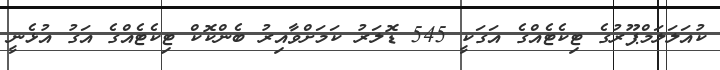
ކުއަލަލަމްޕޫރުގެ ޓިކެޓެއްގެ އަގަކީ 545 ޑޮލަރު ކަމަށްވާއިރު ބެންކޮކް ޓިކެޓެއްގެ އަގު އުޅެނީ